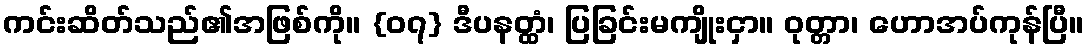
ကင်းဆိတ်သည်၏အဖြစ်ကို။ {၀၇} ဒီပနတ္ထံ၊ ပြခြင်းမကျိုးငှာ။ ဝုတ္တာ၊ ဟောအပ်ကုန်ပြီ။